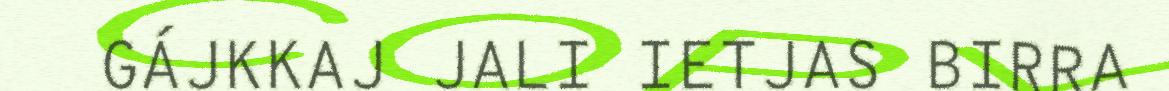
GÁJKKAJ JALI IETJAS BIRRA